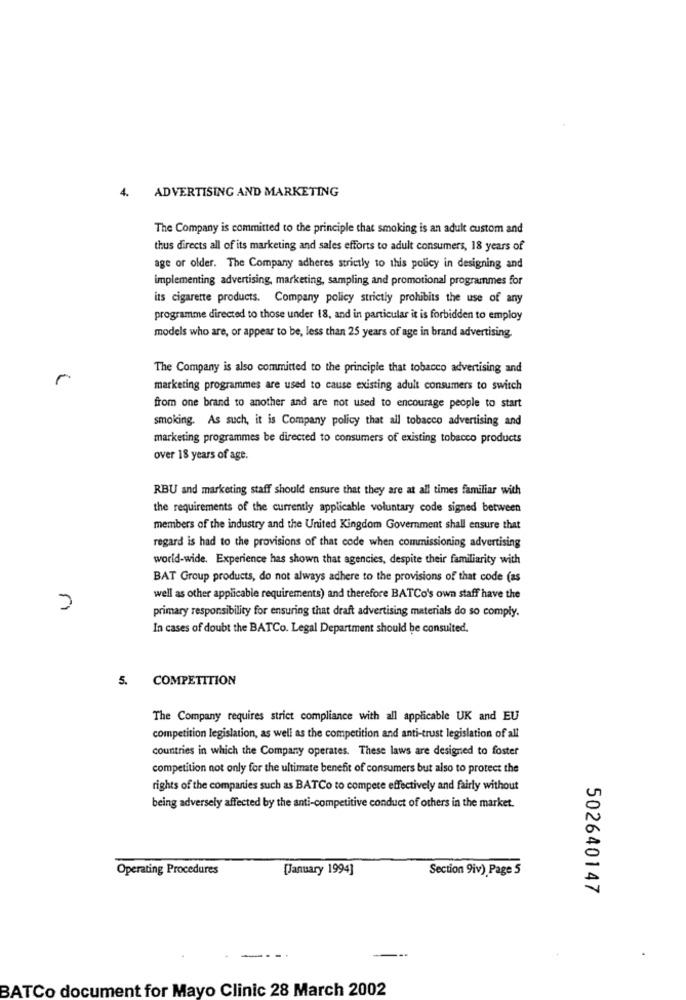
4.
ADVERTISING AND MARKETING
The Company is committed to the principle that smoking is an adult custom and
thus directs all of its marketing and sales efforts to adult consumers, 18 years of
age or older. The Company adheres strictly to this policy in designing and
implementing advertising, marketing, sampling and promotional programmes for
its cigarette products. Company policy strictly prohibits the use of any
programme directed to those under 18, and in particular it is forbidden to employ
models who are, or appear to be, less than 25 years of age in brand advertising.
The Company is also committed to the principle that tobacco advertising and
r
marketing programmes are used to cause existing adult consumers to switch
from one brand to another and are not used to encourage people to start
smoking. As such, it is Company policy that all tobacco advertising and
marketing programmes be directed to consumers of existing tobacco products
over 18 years of age.
RBU and marketing staff should ensure that they are at all times familiar with
the requirements of the currently applicable voluntary code signed between
members of the industry and the United Kingdom Government shall ensure that
regard is had to the provisions of that code when commissioning advertising
world-wide. Experience has shown that agencies, despite their familiarity with
BAT Group products, do not always adhere to the provisions of that code (as
well as other applicable requirements) and therefore BATCo's own staff have the
primary responsibility for ensuring that draft advertising materials do so comply.
In cases of doubt the BATCo. Legal Department should be consuited.
COMPETITION
The Company requires strict compliance with all applicable UK and EU
competition legislation, as well as the competition and anti-trust legislation of all
countries in which the Company operates. These laws are designed to foster
competition not only for the ultimate benefit of consumers but also to protect the
rights of the companies such as BATCo to compete effectively and fairly without
being adversely affected by the anti-competitive conduct of others in the market.
Operating Procedures
[January 1994]
Section 9iv) Page 5
502640147
BATCo document for Mayo Clinic 28 March 2002